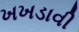
ખખડાવી